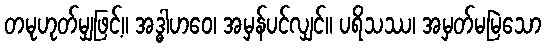
တမုဟုတ်မျှဖြင့်။ အဒ္ဓါဟဝေ၊ အမှန်ပင်လျှင်။ ပရိသဿ၊ အမှတ်မမြဲသော